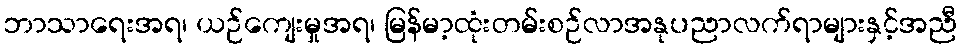
ဘာသာရေးအရ၊ ယဉ်ကျေးမှုအရ၊ မြန်မာ့ထုံးတမ်းစဉ်လာအနုပညာလက်ရာများနှင့်အညီ